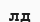
лд